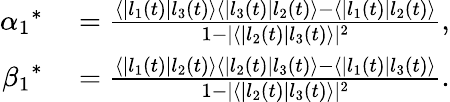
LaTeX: \begin{array}{rl}{{\alpha_{1}}^{\ast}}&{{}=\frac{\langle|l_{1}(t)|l_{3}(t)\rangle\langle|l_{3}(t)|l_{2}(t)\rangle-\langle|l_{1}(t)|l_{2}(t)\rangle}{1-|\langle|l_{2}(t)|l_{3}(t)\rangle|^{2}},}\\ {{\beta_{1}}^{\ast}}&{{}=\frac{\langle|l_{1}(t)|l_{2}(t)\rangle\langle|l_{2}(t)|l_{3}(t)\rangle-\langle|l_{1}(t)|l_{3}(t)\rangle}{1-|\langle|l_{2}(t)|l_{3}(t)\rangle|^{2}}.}\end{array}